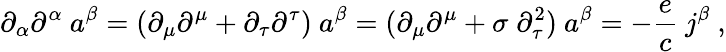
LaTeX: \partial_{\alpha}\partial^{\alpha}\ a^{\beta}=(\partial_{\mu}\partial^{\mu}+\partial_{\tau}\partial^{\tau})\ a^{\beta}=(\partial_{\mu}\partial^{\mu}+\sigma\; \partial_{\tau}^{2})\ a^{\beta}=-\frac{e}{c}\ j^{\beta}\ ,